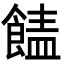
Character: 䭍